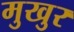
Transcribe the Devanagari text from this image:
मुखुर